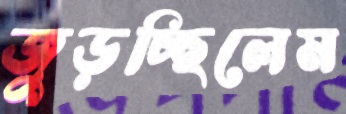
জুড়চ্ছিলেম